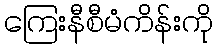
ကြေးနီစီမံကိန်းကို